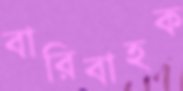
বারিবাহক